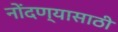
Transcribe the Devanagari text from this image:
नोंदण्यासाठी